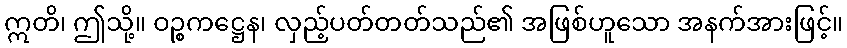
ဣတိ၊ ဤသို့။ ဝဉ္စကဋ္ဌေန၊ လှည့်ပတ်တတ်သည်၏ အဖြစ်ဟူသော အနက်အားဖြင့်။